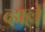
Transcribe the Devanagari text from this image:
व्हाल्ले